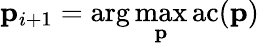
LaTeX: \mathbf{p}_{i+1}=\arg\operatorname*{max}_{\mathbf{p}}\mathrm{ac}(\mathbf{p})